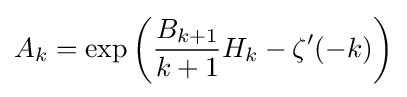
A_{k}=\exp \left({\frac {B_{k+1}}{k+1}}H_{k}-\zeta '(-k)\right)